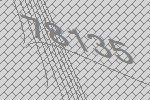
78135